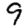
Digit: 9